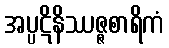
အပ္ပဋိနိဿဇ္ဇစာရိကံ